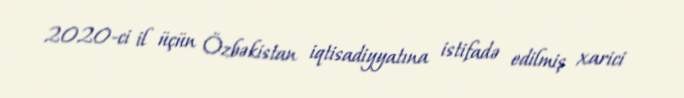
2020-ci il üçün Özbəkistan iqtisadiyyatına istifadə edilmiş xarici